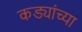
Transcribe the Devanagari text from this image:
कड्यांच्या